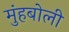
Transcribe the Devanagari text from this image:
मुंहबोली